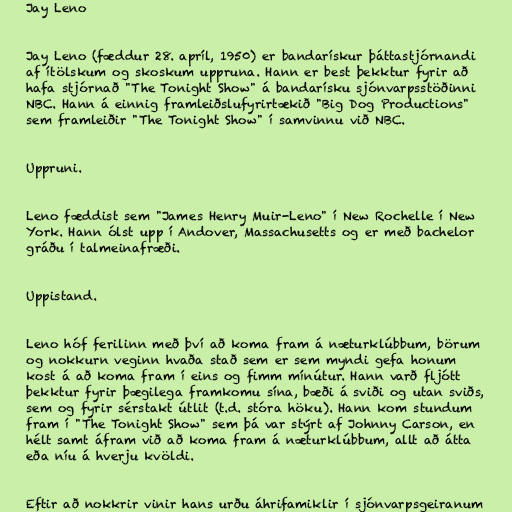
Jay Leno

Jay Leno (fæddur 28. apríl, 1950) er bandarískur þáttastjórnandi
af ítölskum og skoskum uppruna. Hann er best þekktur fyrir að
hafa stjórnað "The Tonight Show" á bandarísku sjónvarpsstöðinni
NBC. Hann á einnig framleiðslufyrirtækið "Big Dog Productions"
sem framleiðir "The Tonight Show" í samvinnu við NBC.

Uppruni.

Leno fæddist sem "James Henry Muir-Leno" í New Rochelle í New
York. Hann ólst upp í Andover, Massachusetts og er með bachelor
gráðu í talmeinafræði.

Uppistand.

Leno hóf ferilinn með því að koma fram á næturklúbbum, börum
og nokkurn veginn hvaða stað sem er sem myndi gefa honum
kost á að koma fram í eins og fimm mínútur. Hann varð fljótt
þekktur fyrir þægilega framkomu sína, bæði á sviði og utan sviðs,
sem og fyrir sérstakt útlit (t.d. stóra höku). Hann kom stundum
fram í "The Tonight Show" sem þá var stýrt af Johnny Carson, en
hélt samt áfram við að koma fram á næturklúbbum, allt að átta
eða níu á hverju kvöldi.

Eftir að nokkrir vinir hans urðu áhrifamiklir í sjónvarpsgeiranum